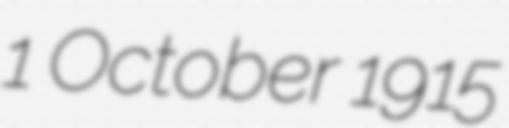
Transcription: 1 October 1915